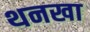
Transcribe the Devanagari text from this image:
थनखा